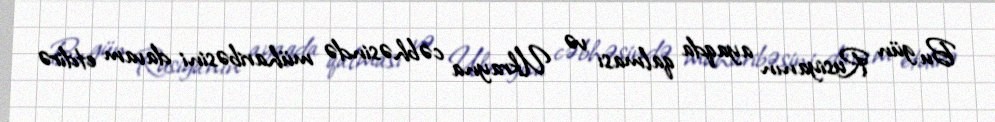
Bu gün Rusiyanın ayaqda qalması və Ukrayna cəbhəsində müharibəsini davam etdirə